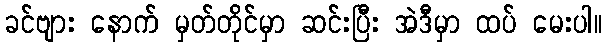
ခင်ဗျား နောက် မှတ်တိုင်မှာ ဆင်းပြီး အဲဒီမှာ ထပ် မေးပါ။